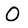
Character: O